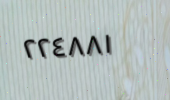
٢٢٤٨٨١